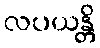
လပယန္တိ